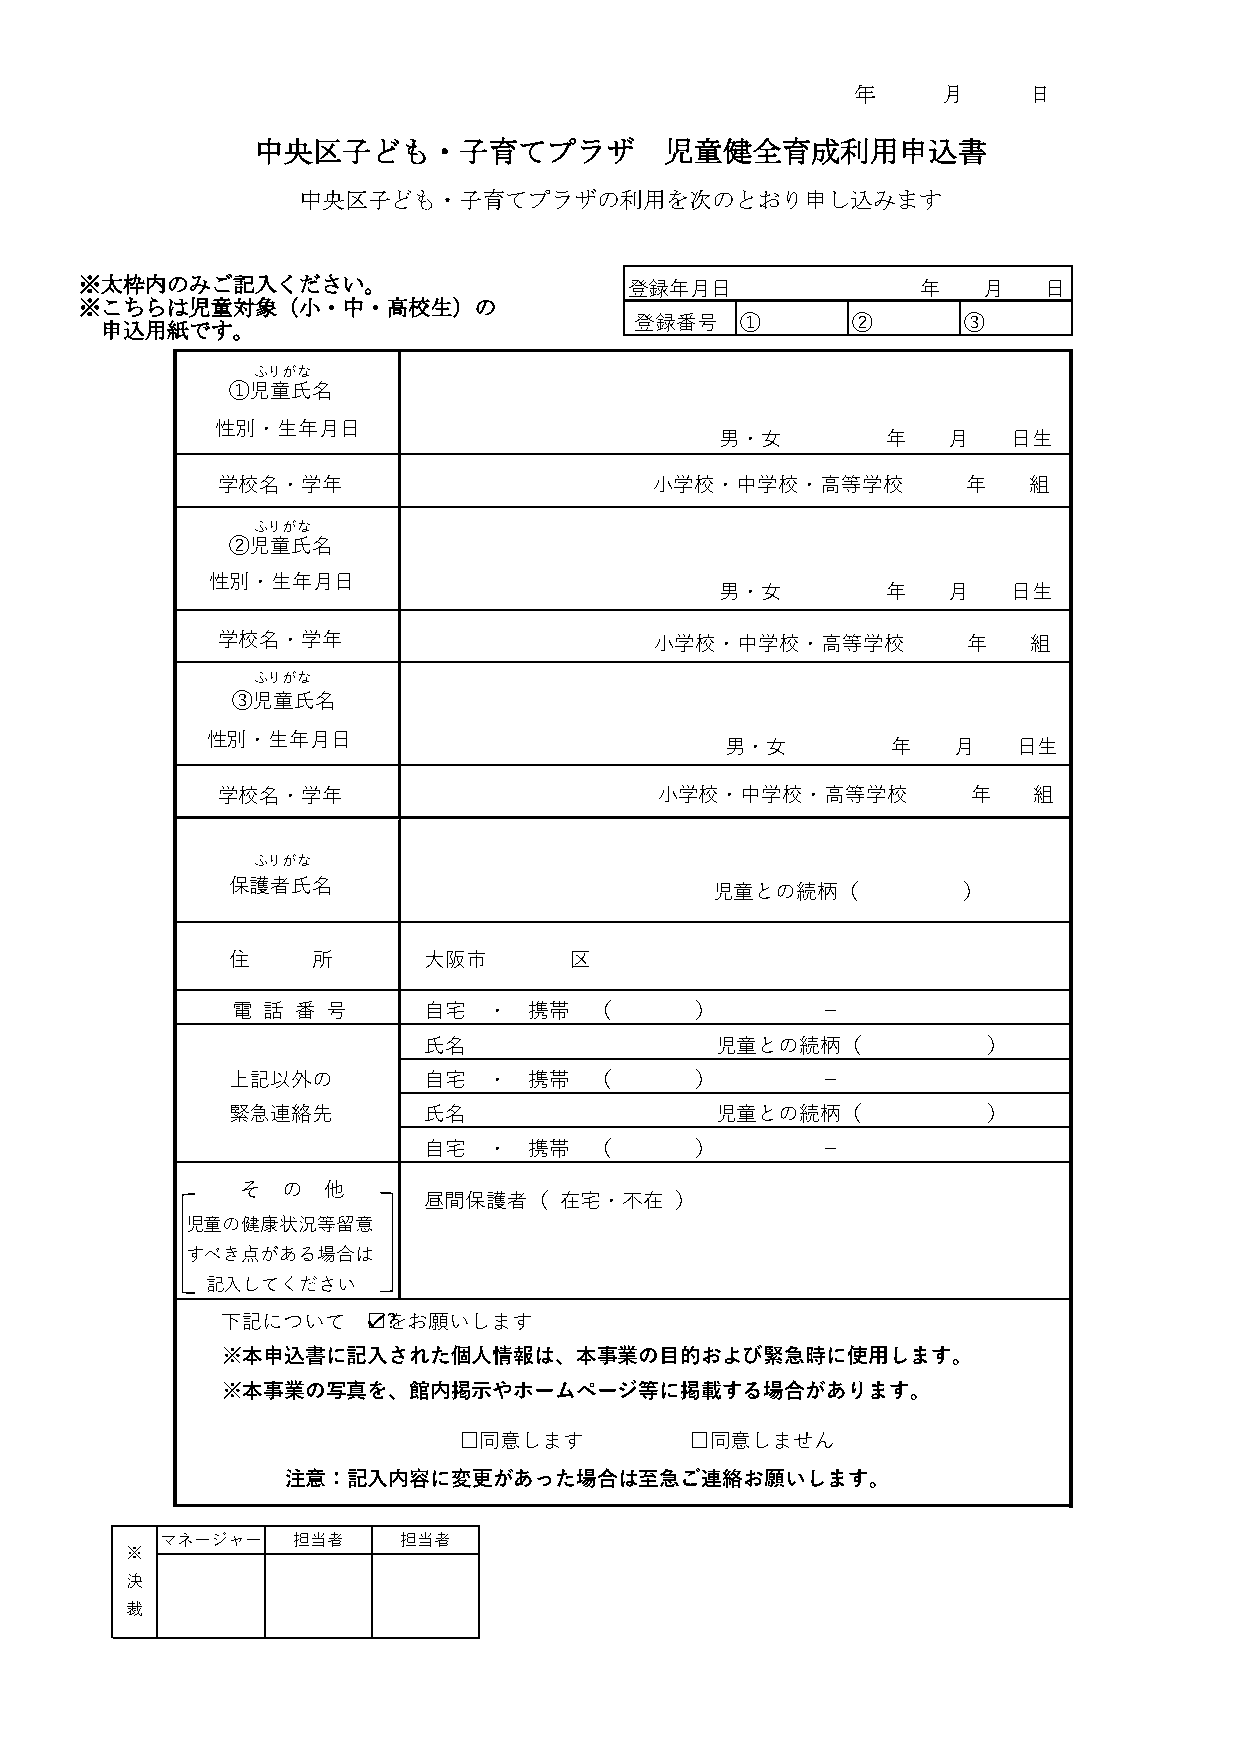
年    月     日
 中央区子ども・子育てプラザ              児童健全育成利用申込書
 中央区子ども・子育てプラザの利用を次のとおり申し込みます
 ※太枠内のみご記入ください。                       登録年月日              年   月   日
 ※こちらは児童対象（小・中・高校生）の
 登録番号   ①      ②       ③
 申込用紙です。
 ・           ふりがな
 ①児童氏名
 性別・生年月日
 男・女        年   月   日生
 学校名・学年                       小学校・中学校・高等学校         年   組
 ふりがな
 ②児童氏名
 性別・生年月日
 男・女        年   月   日生
 学校名・学年                       小学校・中学校・高等学校         年   組
 ふりがな
 ③児童氏名
 性別・生年月日
 男・女        年   月   日生
 学校名・学年                        小学校・中学校・高等学校        年   組
 ふりがな
 保護者氏名                           児童との続柄（          ）
 住     所      大阪市       区
 電 話  番 号     自宅  ・  携帯  （      ）       －
 氏名                 児童との続柄（           ）
 上記以外の        自宅  ・  携帯  （      ）       －
 緊急連絡先        氏名                 児童との続柄（           ）
 自宅  ・  携帯  （      ）       －
 そ  の 他
 昼間保護者（   在宅・不在   ）
 児童の健康状況等留意
 すべき点がある場合は
 記入してください
 下記について   ☑を? お願いします
 ※本申込書に記入された個人情報は、本事業の目的および緊急時に使用します。
 ※本事業の写真を、館内掲示やホームページ等に掲載する場合があります。
 □同意します          □同意しません
 注意：記入内容に変更があった場合は至急ご連絡お願いします。
 マネージャー  担当者    担当者
 ※
 決
 裁